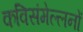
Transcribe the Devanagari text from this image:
कविसंमेल्लनों